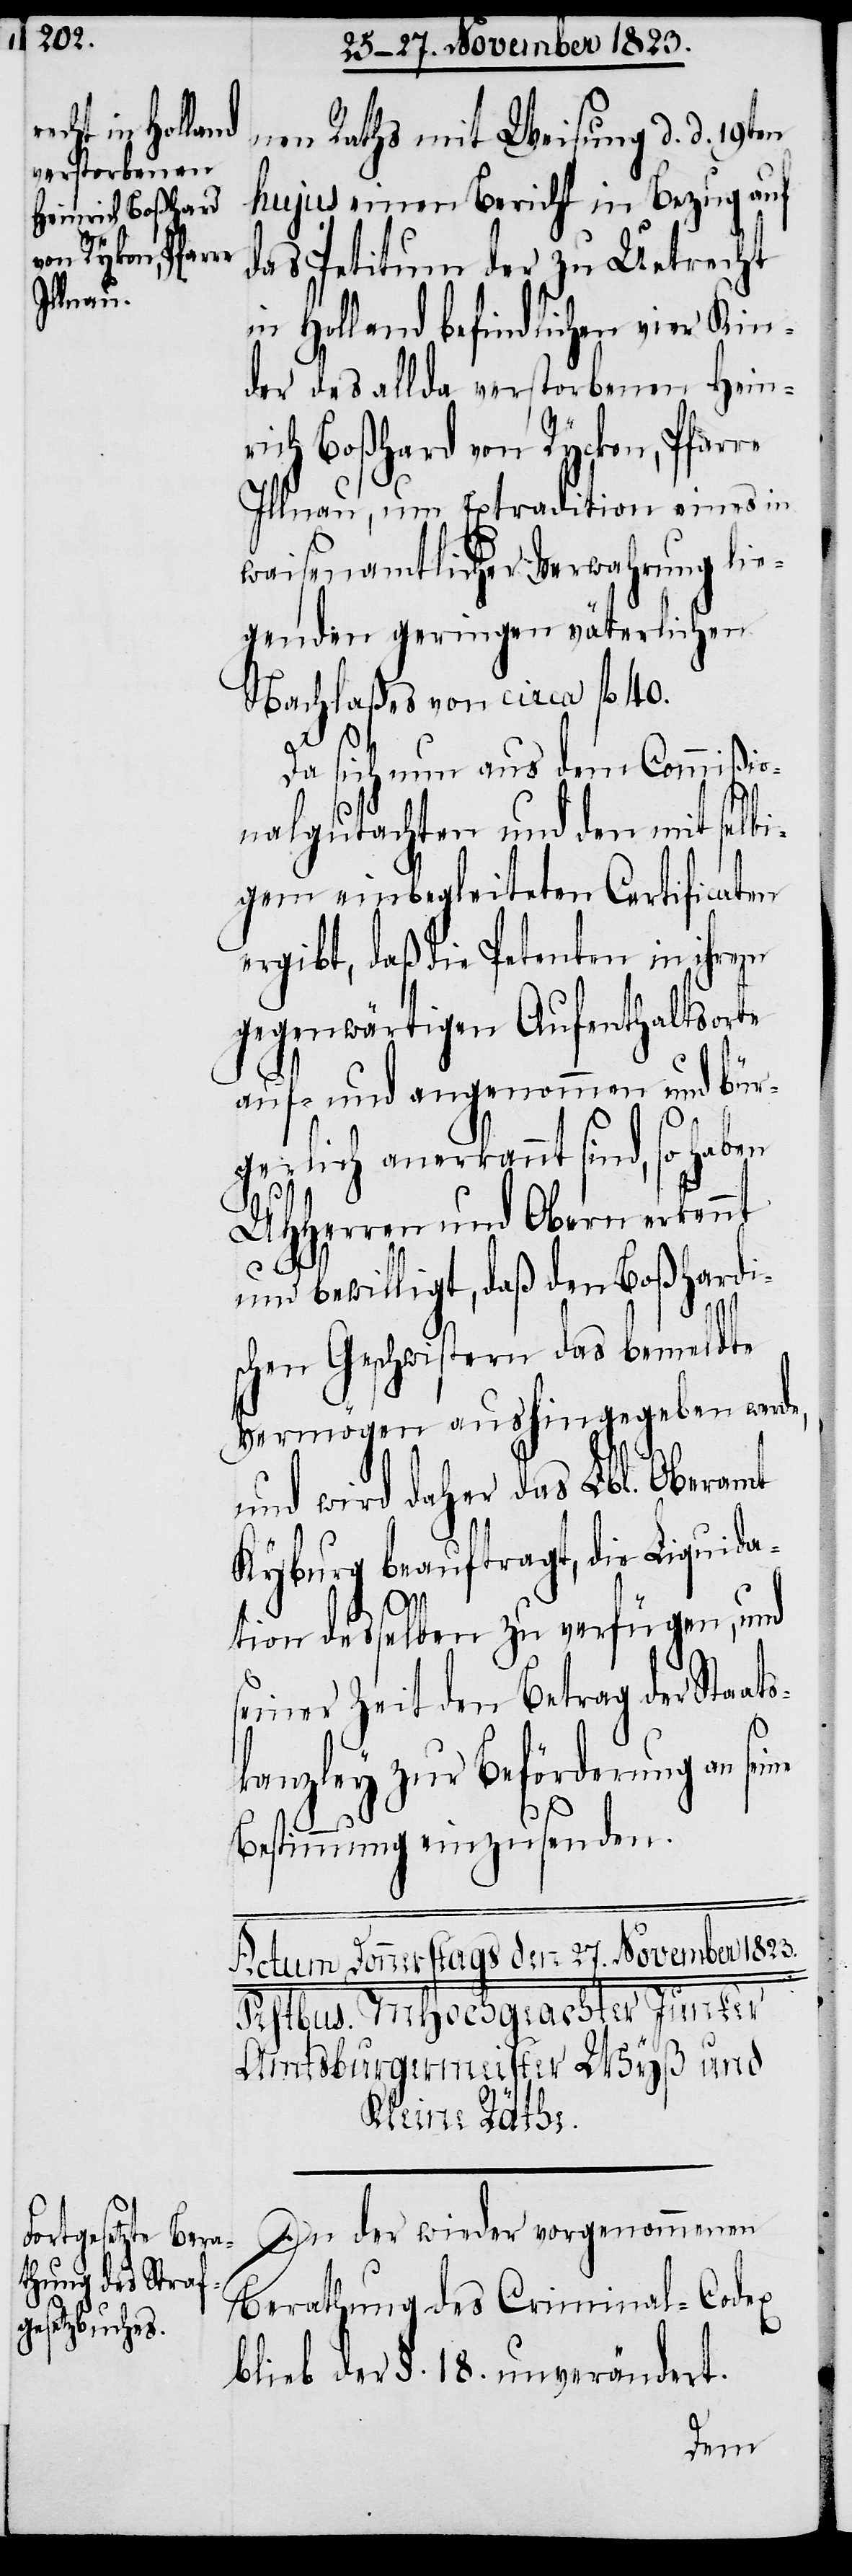
nen Raths mit Weisung d. d. 19ten
hujus einen Bericht in Bezug auf
das Petitum der zu Uetrecht
in Holland befindlichen vier Kin¬
der des allda verstorbenen Hein¬
rich Boßhard von Rycken, Pfarre
Illnau, um Extradition eines in
waisenamtlicher Verwahrung lie¬
genden geringen väterlichen
Nachlaßes von circa fl 40.
Da sich nun aus dem Commißio¬
nalgutachten und den mit selbi¬
gem einbegleiteten Certificaten
ergibt, daß die Petenten in ihrem
gegenwärtigen Aufenthaltsorte
auf- und angenommen und bür¬
gerlich anerkannt sind, so haben
UHHerren und Obern erkennt
und bewilligt, daß den Boßhardi¬
schen Geschwistern das bemeldte
Vermögen aushingegeben werde,
und wird daher das Lbl. Oberamt
Kyburg beauftragt, die Liquida¬
tion desselben zu verfügen, und
seiner Zeit den Betrag der Staats¬
kanzley zur Beförderung an
Bestimmung einzusenden.
In der wieder vorgenommenen
Berathung des Criminal-Codex
blieb der §. 18. unverändert.